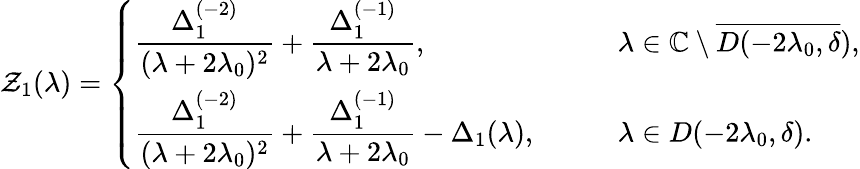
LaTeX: \mathcal{Z}_{1}(\lambda)=\left\{ \begin{array}{ll}{\displaystyle\frac{\Delta_{1}^{(-2)}}{(\lambda+2\lambda_{0})^{2}}+\frac{\Delta_{1}^{(-1)}}{\lambda+2\lambda_{0}},}&{\qquad\lambda\in\mathbb{C}\setminus\overline{{D(-2\lambda_{0},\delta}}),}\\ {\displaystyle\frac{\Delta_{1}^{(-2)}}{(\lambda+2\lambda_{0})^{2}}+\frac{\Delta_{1}^{(-1)}}{\lambda+2\lambda_{0}}-\Delta_{1}(\lambda),}&{\qquad\lambda\in D(-2\lambda_{0},\delta).}\end{array}\right.